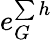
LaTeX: e_{G}^{\sum h}